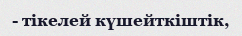
- тікелей күшейткіштік,